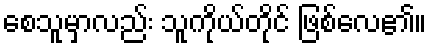
စေသူမှာလည်း သူကိုယ်တိုင် ဖြစ်လေ၏။